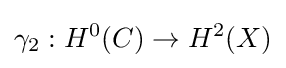
\gamma _{2}:H^{0}(C)\to H^{2}(X)